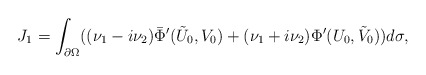
\begin{align*}J_1=\int_{\partial\Omega}((\nu_1-i\nu_2)\bar\Phi'(\tilde U_0,V_0)+(\nu_1+i\nu_2)\Phi'( U_0,\tilde V_0))d\sigma,\end{align*}